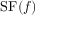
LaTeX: \operatorname { S F } ( f )